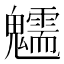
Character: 𩴶